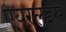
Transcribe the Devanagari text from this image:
एयरलइंस